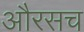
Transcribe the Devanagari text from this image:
औरसच